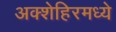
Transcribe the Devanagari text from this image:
अक्शेहिरमध्ये